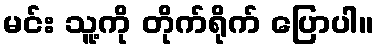
မင်း သူ့ကို တိုက်ရိုက် ပြောပါ။